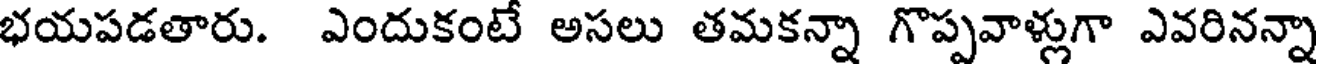
భయపడతారు. ఎందుకంటే అసలు తమకన్నా గొప్పవాళ్లుగా ఎవరినన్నా